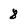
Character: 8